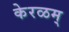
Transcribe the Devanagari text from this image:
केरळम्